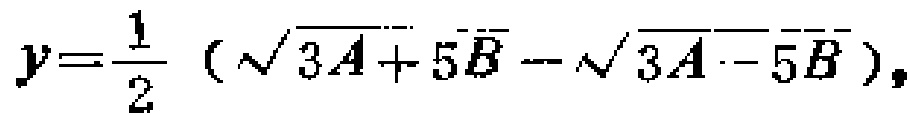
\(y = \frac{1}{2}(\sqrt{3A + 5B}-\sqrt{3A - 5B})\)